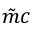
\tilde { m } c